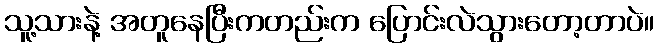
သူ့သားနဲ့ အတူနေပြီးကတည်းက ပြောင်းလဲသွားတော့တာပဲ။